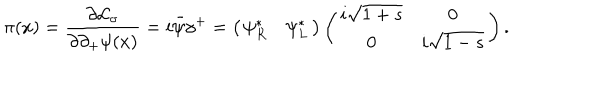
\pi ( x ) = { \frac { \partial { \cal L } _ { \sigma } } { \partial \partial _ { + } \psi ( x ) } } = i \bar { \psi } \gamma ^ { + } = \left( \begin{matrix} { { \psi _ { R } ^ { * } } } & { { \psi _ { L } ^ { * } } } \\ \end{matrix} \right) \left( \begin{matrix} { { i \sqrt { 1 + s } } } & { { 0 } } \\ { { 0 } } & { { i \sqrt { 1 - s } } } \\ \end{matrix} \right) .